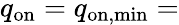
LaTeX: q_{\mathrm{on}}=q_{\mathrm{on,min}}=